Vaccination in Bombay 1869-1873 - 1869-1873
Year: 1869
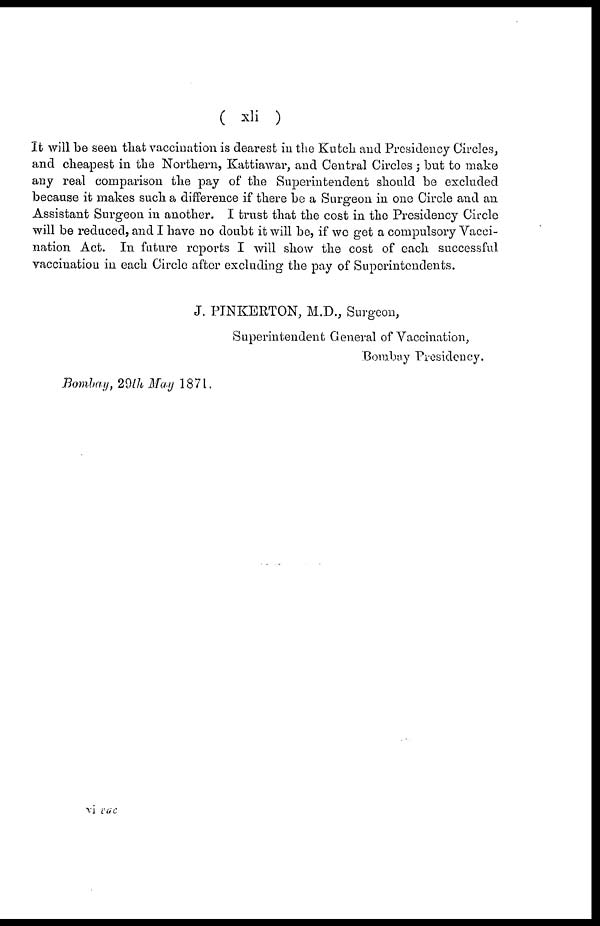
( xli )
It will be seen that vaccination is dearest in the Kutch and Presidency Circles,
and cheapest in the Northern, Kattiawar, and Central Circles ; but to make
any real comparison the pay of the Superintendent should be excluded
because it makes such a difference if there be a Surgeon in one Circle and an
Assistant Surgeon in another. I trust that the cost in the Presidency Circle
will be reduced, and I have no doubt it will be, if we get a compulsory Vacci-
nation Act. In future reports I will show the cost of each successful
vaccination in each Circle after excluding the pay of Superintendents.
J. PINKERTON, M.D., Surgeon,
Superintendent General of Vaccination,
Bombay Presidency.
Bombay, 29th May 1871.
vi vac